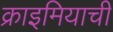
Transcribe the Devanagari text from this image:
क्राइमियाची